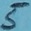
Text: 5